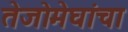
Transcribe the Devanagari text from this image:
तेजोमेघांचा